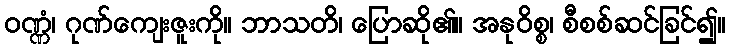
ဝဏ္ဏံ၊ ဂုဏ်ကျေးဇူးကို။ ဘာသတိ၊ ပြောဆို၏။ အနုဝိစ္စ၊ စီစစ်ဆင်ခြင်၍။